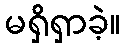
မရှိရှာခဲ့။